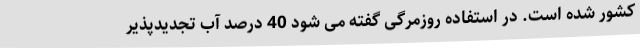
کشور شده است. در استفاده روزمرگی گفته می شود 40 درصد آب تجدیدپذیر